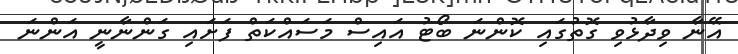
އޭނާ ވިދާޅުވި ގޮތުގައި ކޮންނަ ބޯޓު އައިސް މަސައްކަތް ފަށައި ގަންނާނީ އަންނަ